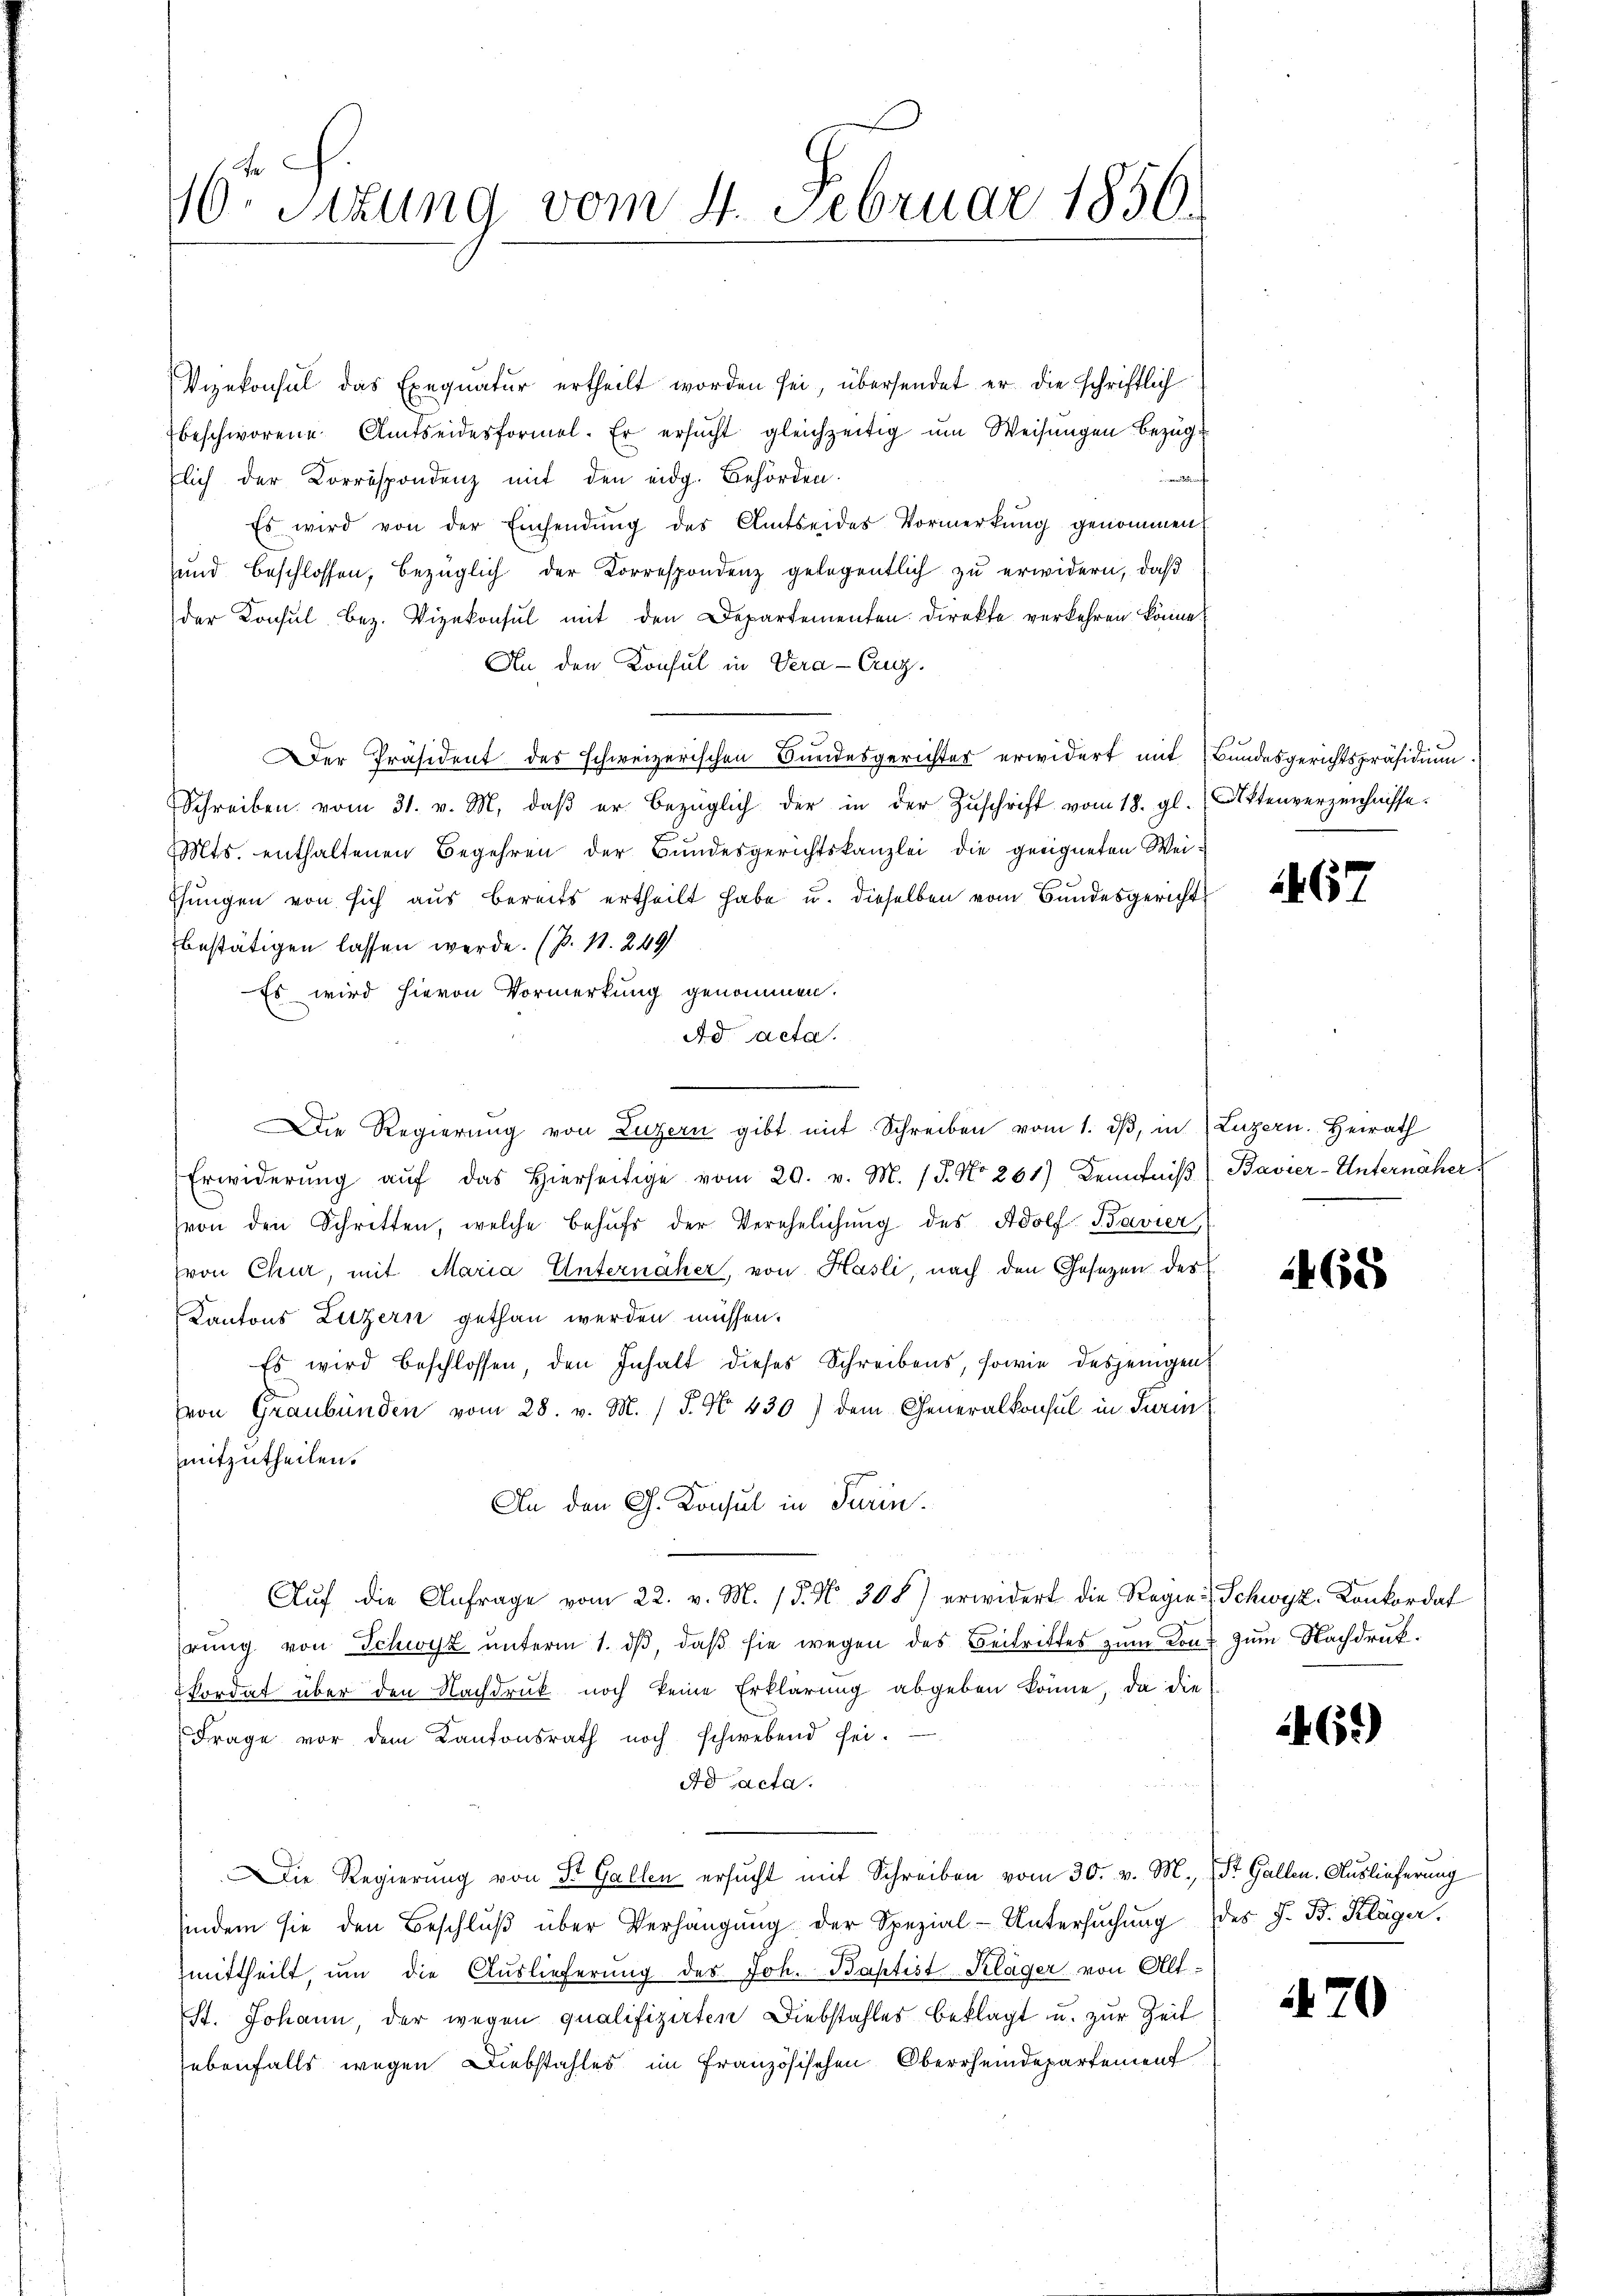
10. Sitzung vom 4. Februar 1850.

Vizekonsul das Exequatur ertheilt worden sei, übersendet er die schriftlich
beschworene Amtseidesformel. Er ersucht gleichzeitig um Weisungen Bezug
tlich der Korrespondenz mit den eidg. Behörden.
a
Es wird von der Einsendŭng des Amtseides Vormerkung genommen,
und beschlossen, bezüglich der Korrespondenz gelegentlich zu erwidern, daß
der Konsul bez. Vizekonsul mit den Departementen. Direkte verkehren könne.
An den Konsul in Vera-Cu.
er Präsident des schweizerischen Bundesgerichter erwidert mit Bundesgerichtspräsidium.
Schreiben vom 31. v. M. daβ er bezüglich der in der Zŭschrift vom 18. gl. Bittenverzeichnisse.
Mts. enthaltenen Begehren der Bundesgerichtskanzlei die geeigneten Wei¬
Ehŭngen von sich aus bereits ertheilt habe u. dieselben vom Bundesgericht
bestätigen lassen werde. (p. 11. 249
Es wird hievon Vormerkung genommen.
Ad Acta.
Die Regierŭng von Luzern gibt mit Schreiben vom 1. dβ, in (Luzern. Heirath
Erwiderŭng aŭf das hierseitige vom 20. v. M. / 5. No 261) Kenntniβ Bavier-Unternäher
(von den Schritten, welche behŭfs der Verehelichŭng des Adolf Bavier
von Chur, mit Maria Unternäher, von Hasli, nach den Gesetzen des
Kantons Luzern gethan werden müssen.
Es wird beschlossen, den Inhalt dieses Schreibens, sowie desjenigen
Von Graubünden vom 28. v. M. / 5. No. 430) dem Generalkonsul in Turin
mitzutheilen.
An den G. Konsul in Turin
Aŭf die Anfrage vom 22. v. M. / 5. No. 308) erwidert die Regier Schwyz. Konkordat
hrŭng von Schwyz ŭnterm 1. dβ, daβ sie wegen des Beitrittes zŭm von zum Nachdrukkordat über den Nachdruk noch keine Erklärung abgeben könne, da die
Frage vor dem Kantonsrath noch schwebend sei-
Ad acta.
Die Regierung von St. Gallen ersŭcht mit Schreiben vom 30. v. M. St. Gallen. Auslieferung
hindem sie den Beschlŭβ über Verhängung der Spezial-Untersŭchŭng des J. B. Kläger,
mittheilt, um die Auslieferung des Joh. Baptist Kläger von Alt-
St. Johann, der wegen qualifizirten Diebstahles beklagt u. zur Zeit
hebenfalls wegen Diebstahles im Französischen Oberrheindepartement

467

468

46.)

70